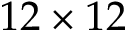
1 2 \times 1 2